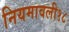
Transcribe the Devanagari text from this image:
नियमावली१८